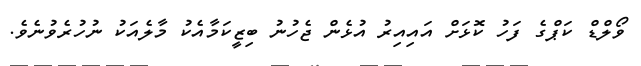
ވޯލްޑް ކަޕްގެ ފަހު ކޮޅަށް އައިއިރު އުޅެން ޖެހުނު ބިޒީކަމާއެކު މާލެއަކު ނުހުރެވުނެވެ.